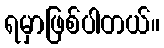
ရမှာဖြစ်ပါတယ်။